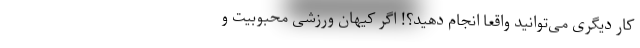
کار دیگری می‌توانید واقعا انجام دهید؟! اگر کیهان ورزشی محبوبیت و